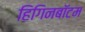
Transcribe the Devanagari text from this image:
हिगिनबॉटम